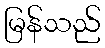
မြန်သည်